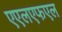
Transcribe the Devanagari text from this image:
एएलएफएल